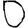
Digit: 0